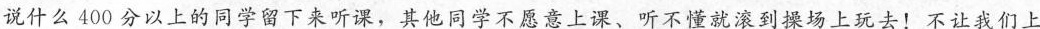
说什么400分以上的同学留下来听课，其他同学不愿意上课、听不懂就滚到操场上玩去！不让我们上